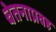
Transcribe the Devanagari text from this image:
चेतनाप्रवह